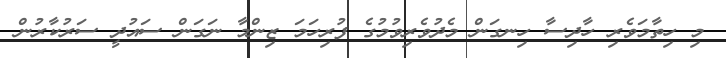
މި ހިތާމަވެރި ހާދިސާ ހިނގަން މެދުވެރިވުމުގެ ފުރިހަމަ ޒިންމާ ނަގަން ސައުދީ ސަރުކާރުން